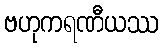
ဗဟုကရဏီယဿ